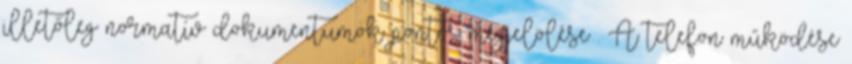
illetőleg normatív dokumentumok pontos megjelölése . A telefon működése